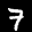
Label: 7